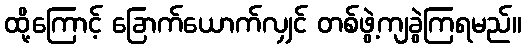
ထို့ကြောင့် ခြောက်ယောက်လျှင် တစ်ဖွဲ့ကျခွဲကြရမည်။